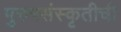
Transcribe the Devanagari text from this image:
पुरुषसंस्कृतीची